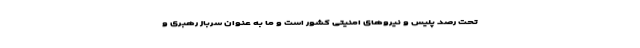
تحت رصد پلیس و نیروهای امنیتی کشور است و ما به عنوان سرباز رهبری و